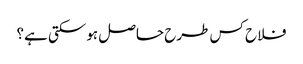
فلاح کس طرح حاصل ہوسکتی ہے؟